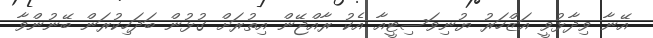
އޭނާ ވިދާޅުވީ އަޒްހަރު ޔުނިވަސިޓީއާ އެކު ރާއްޖޭން އިތުރަށް ގުޅުން ބަދަހިކުރަން ބޭނުންވާ